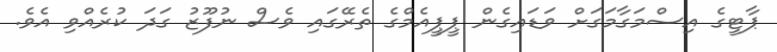
ޕާޓީގެ އިސްމަގާމަގަށް ވަޑައިގެން ޕީޕީއެމްގެ ތެރޭގައި ވެސް ނުފޫޒު ގަދަ ކުރެއްވި އެވެ.